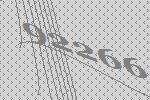
92266